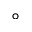
^ \circ